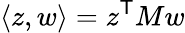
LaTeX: \langle z,w\rangle=z^{\textsf{T}}Mw